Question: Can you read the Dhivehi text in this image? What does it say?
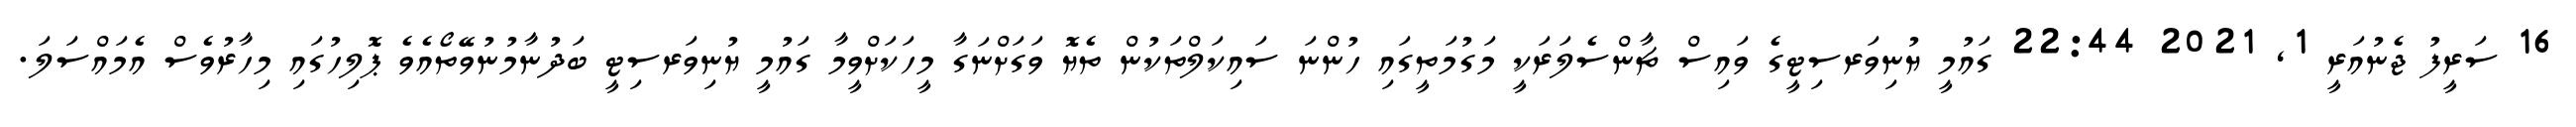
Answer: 16 ސަރީފު ޖެނުއަރީ 1, 2021 22:44 ގައުމީ ޔުނިވަރސިޓީގެ ވައިސް ޗާންސެލަރަކީ މަގުމަތީގައި ހުންނަ ސައިކަލްތަކުން ތެޔޮ ވަގަށްނަގާ މީހަކަށްވީމާ ގައުމީ ޔުނިވަރސިޓީ ބަދުނާމުނުވޭތޯއެވެ ޕޮލިހުގައި މިހާރުވެސް އެމައްސަލަ.